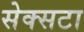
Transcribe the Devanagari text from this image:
सेक्सटा